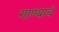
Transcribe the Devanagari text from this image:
गाण्याचं